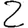
Digit: 2